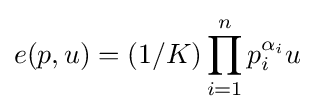
e(p,u)=(1/K)\prod _{i=1}^{n}p_{i}^{\alpha _{i}}u